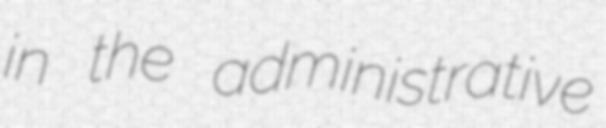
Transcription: in the administrative